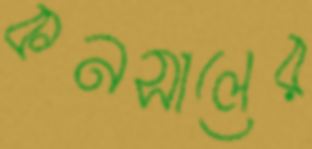
কনসালের